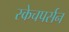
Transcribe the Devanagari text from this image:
स्केचपर्सन